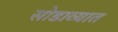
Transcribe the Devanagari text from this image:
सोडाव्यात